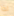
اذا